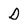
Character: D